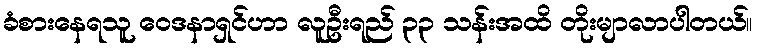
ခံစားနေရသူ ဝေဒနာရှင်ဟာ လူဦးရည် ၃၃ သန်းအထိ တိုးမျာလာပါတယ်။